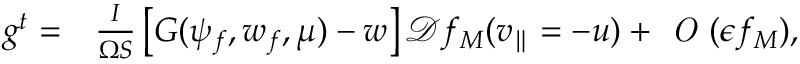
\begin{array} { r l } { g ^ { t } = } & { { } \frac { I } { \Omega S } \left[ G ( \psi _ { f } , w _ { f } , \mu ) - w \right] \mathcal { D } f _ { M } ( v _ { \parallel } = - u ) + \textit { O } ( \epsilon f _ { M } ) , } \end{array}